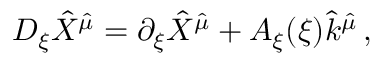
D _ { \xi } \hat { X } ^ { \hat { \mu } } = \partial _ { \xi } \hat { X } ^ { \hat { \mu } } + A _ { \xi } ( \xi ) \hat { k } ^ { \hat { \mu } } \, ,